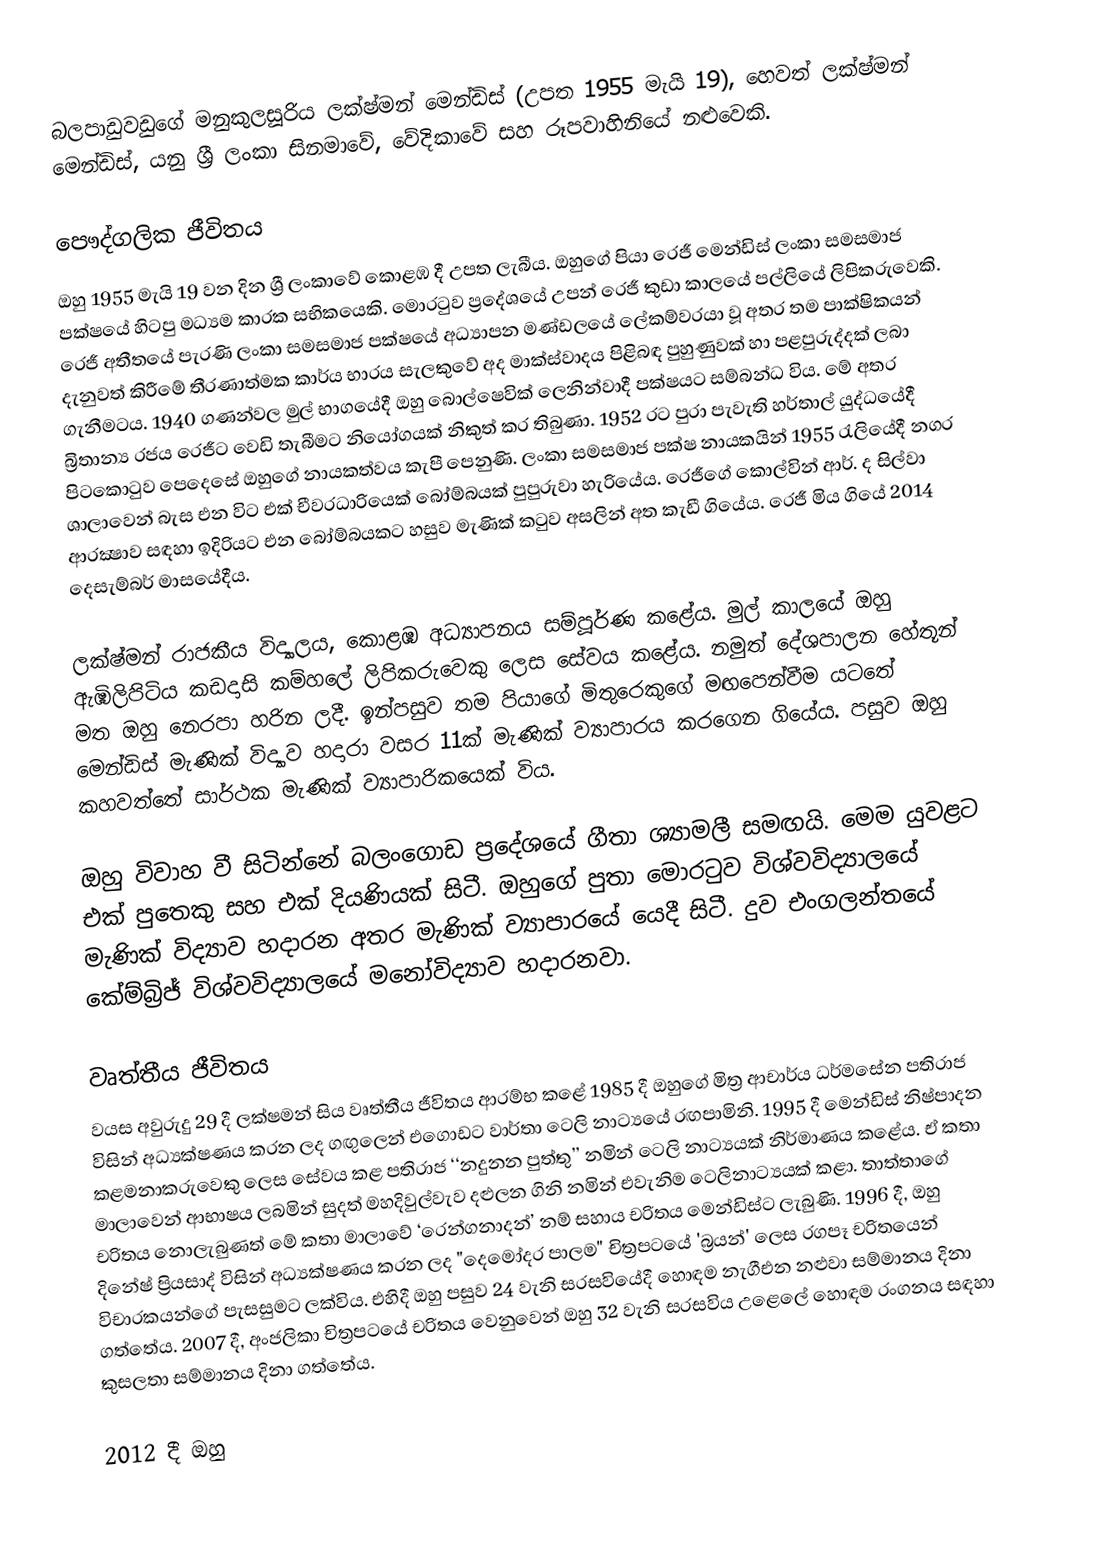
බලපාඩුවඩුගේ මනුකුලසූරිය ලක්ෂ්මන් මෙන්ඩිස් (උපත 1955 මැයි 19), හෙවත් ලක්ෂ්මන් මෙන්ඩිස්, යනු ශ්‍රී ලංකා සිනමාවේ, වේදිකාවේ සහ රූපවාහිනියේ නළුවෙකි.

පෞද්ගලික ජීවිතය
ඔහු 1955 මැයි 19 වන දින ශ්‍රී ලංකාවේ කොළඹ දී උපත ලැබීය. ඔහුගේ පියා රෙජී මෙන්ඩිස් ලංකා සමසමාජ පක්ෂයේ හිටපු මධ්‍යම කාරක සභිකයෙකි. මොරටුව ප්‍රදේශයේ උපන් රෙජී කුඩා කාලයේ පල්ලියේ ලිපිකරුවෙකි. රෙජී අතීතයේ පැරණි ලංකා සමසමාජ පක්ෂයේ අධ්‍යාපන මණ්ඩලයේ ලේකම්වරයා වූ අතර තම පාක්ෂිකයන් දැනුවත් කිරීමේ තීරණාත්මක කාර්ය භාරය සැලකුවේ අද මාක්ස්වාදය පිළිබඳ පුහුණුවක් හා පළපුරුද්දක් ලබා ගැනීමටය. 1940 ගණන්වල මුල් භාගයේදී ඔහු බොල්ෂෙවික් ලෙනින්වාදී පක්ෂයට සම්බන්ධ විය. මේ අතර බ්‍රිතාන්‍ය රජය රෙජීට වෙඩි තැබීමට නියෝගයක් නිකුත් කර තිබුණා. 1952 රට පුරා පැවැති හර්තාල් යුද්ධයේදී පිටකොටුව පෙදෙසේ ඔහුගේ නායකත්වය කැපී පෙනුණි. ලංකා සමසමාජ පක්ෂ නායකයින් 1955 රැලියේදී නගර ශාලාවෙන් බැස එන විට එක් චීවරධාරියෙක් බෝම්බයක් පුපුරුවා හැරියේය. රෙජීගේ කොල්වින් ආර්. ද සිල්වා ආරක්‍ෂාව සඳහා ඉදිරියට එන බෝම්බයකට හසුව මැණික් කටුව අසලින් අත කැඩී ගියේය. රෙජී මිය ගියේ 2014 දෙසැම්බර් මාසයේදීය.

ලක්ෂ්මන් රාජකීය විද්‍යාලය, කොළඹ අධ්‍යාපනය සම්පූර්ණ කළේය. මුල් කාලයේ ඔහු ඇඹිලිපිටිය කඩදාසි කම්හලේ ලිපිකරුවෙකු ලෙස සේවය කළේය. නමුත් දේශපාලන හේතූන් මත ඔහු නෙරපා හරින ලදී. ඉන්පසුව තම පියාගේ මිතුරෙකුගේ මඟපෙන්වීම යටතේ මෙන්ඩිස් මැණික් විද්‍යාව හදාරා වසර 11ක් මැණික් ව්‍යාපාරය කරගෙන ගියේය. පසුව ඔහු කහවත්තේ සාර්ථක මැණික් ව්‍යාපාරිකයෙක් විය.

ඔහු විවාහ වී සිටින්නේ බලංගොඩ ප්‍රදේශයේ ගීතා ශ්‍යාමලී සමඟයි. මෙම යුවළට එක් පුතෙකු සහ එක් දියණියක් සිටී. ඔහුගේ පුතා මොරටුව විශ්වවිද්‍යාලයේ මැණික් විද්‍යාව හදාරන අතර මැණික් ව්‍යාපාරයේ යෙදී සිටී. දුව එංගලන්තයේ කේම්බ්‍රිජ් විශ්වවිද්‍යාලයේ මනෝවිද්‍යාව හදාරනවා.

වෘත්තීය ජීවිතය
වයස අවුරුදු 29 දී ලක්ෂමන් සිය වෘත්තීය ජීවිතය ආරම්භ කළේ 1985 දී ඔහුගේ මිත්‍ර ආචාර්ය ධර්මසේන පතිරාජ විසින් අධ්‍යක්ෂණය කරන ලද ගඟුලෙන් එගොඩට වාර්තා ටෙලි නාට්‍යයේ රඟපාමිනි. 1995 දී මෙන්ඩිස් නිෂ්පාදන කළමනාකරුවෙකු ලෙස සේවය කළ පතිරාජ ‘‘නදුනන පුත්තු’’ නමින් ටෙලි නාට්‍යයක් නිර්මාණය කළේය. ඒ කතා මාලාවෙන් ආභාෂය ලබමින් සුදත් මහදිවුල්වැව දළුලන ගිනි නමින් එවැනිම ටෙලිනාට්‍යයක් කළා. තාත්තාගේ චරිතය නොලැබුණත් මේ කතා මාලාවේ ‘රෙන්ගනාදන්’ නම් සහාය චරිතය මෙන්ඩිස්ට ලැබුණි. 1996 දී, ඔහු දිනේෂ් ප්‍රියසාද් විසින් අධ්‍යක්ෂණය කරන ලද "දෙමෝදර පාලම" චිත්‍රපටයේ 'බ්‍රයන්' ලෙස රගපෑ චරිතයෙන් විචාරකයන්ගේ පැසසුමට ලක්විය. එහිදී ඔහු පසුව 24 වැනි සරසවියේදී හොඳම නැගීඑන නළුවා සම්මානය දිනා ගත්තේය. 2007 දී, අංජලිකා චිත්‍රපටයේ චරිතය වෙනුවෙන් ඔහු 32 වැනි සරසවිය උළෙලේ හොඳම රංගනය සඳහා කුසලතා සම්මානය දිනා ගත්තේය.

2012 දී ඔහු